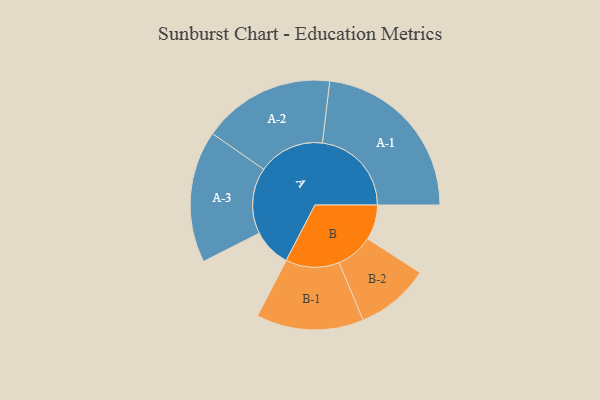
{"axis": {"x": "Segment", "y": "Value"}, "legend": ["", "A", "B"], "data": [{"x": "A", "y": 121, "type": ""}, {"x": "B", "y": 111, "type": ""}, {"x": "A-1", "y": 282, "type": "A"}, {"x": "A-2", "y": 210, "type": "A"}, {"x": "A-3", "y": 209, "type": "A"}, {"x": "B-1", "y": 170, "type": "B"}, {"x": "B-2", "y": 117, "type": "B"}]}